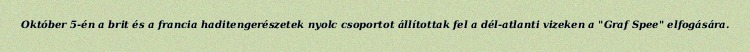
Október 5-én a brit és a francia haditengerészetek nyolc csoportot állítottak fel a dél-atlanti vizeken a "Graf Spee" elfogására.